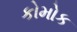
કોમોક